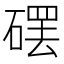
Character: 𱴩